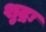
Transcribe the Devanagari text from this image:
शुद्रः